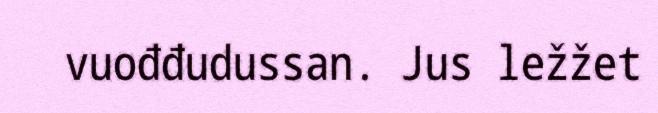
vuođđudussan. Jus ležžet